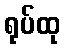
ရုပ်ထု